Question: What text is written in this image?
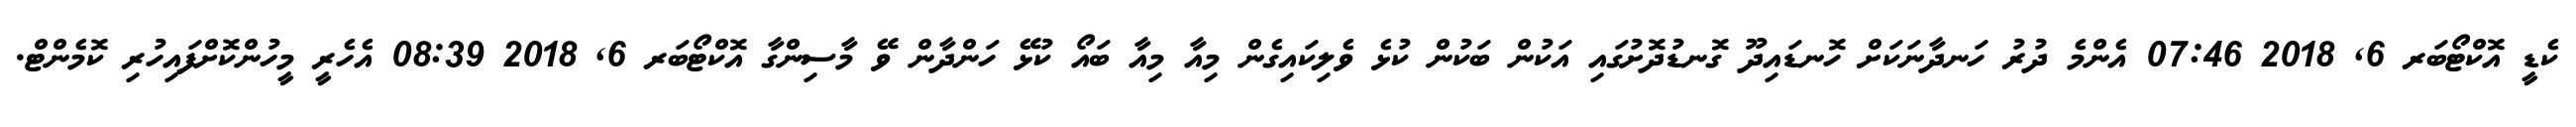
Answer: ކެޑީ އޮކްޓޯބަރ 6, 2018 07:46 އެންމެ ދުރު ހަނދާނަކަށް ހޮނޑައިދޫ ގޮނޑުދޮށުގައި އަކުން ބަކުން ކުޅެ ވެލިކައިގެން މިއާ މިއާ ބައޯ ކުޅޭ ހަންދާން ވޭ މާސިންގާ އޮކްޓޯބަރ 6, 2018 08:39 އެހެރީ މީހުންކޮށްފައިހުރި ކޮމެންޓް.